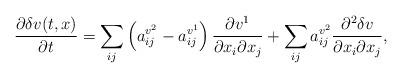
LaTeX: \begin{align*}\frac{\partial \delta v(t,x)}{\partial t}=\sum_{ij}\left(a^{v^2}_{ij}-a^{v^1}_{ij}\right)\frac{\partial v^1}{\partial x_i\partial x_j}+\sum_{ij}a^{v^2}_{ij}\frac{\partial^2 \delta v}{\partial x_i\partial x_j},\end{align*}